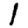
Digit: 1